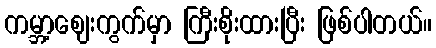
ကမ္ဘာ့ဈေးကွက်မှာ ကြီးစိုးထားပြီး ဖြစ်ပါတယ်။